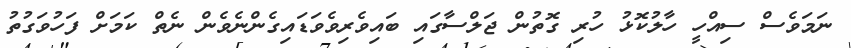
ނަމަވެސް ސިއްހީ ހާލުކޮޅު ހުރި ގޮތުން ޖަލްސާގައި ބައިވެރިވެވަޑައިގެންނެވެން ނެތް ކަމަށް ފަހުވަގުތު